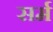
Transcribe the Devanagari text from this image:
सर्म